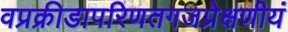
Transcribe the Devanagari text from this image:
वप्रक्रीडापरिणतगजप्रेक्षणीयं